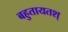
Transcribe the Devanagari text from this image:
बहुतायतश्